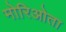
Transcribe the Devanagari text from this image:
मोरिओता